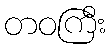
တဝကြီး